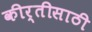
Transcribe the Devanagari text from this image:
कीर्तीसाठी